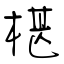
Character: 椹